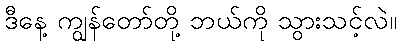
ဒီနေ့ ကျွန်တော်တို့ ဘယ်ကို သွားသင့်လဲ။